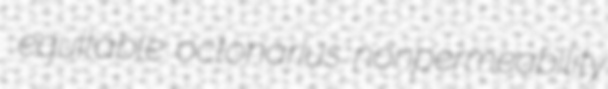
equitable octonarius nonpermeability